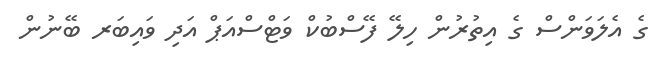
ގެ އެލަވަންސް ގެ އިތުރުން ހިލޭ ފޭސްބުކް ވަޓްސްއަޕް އަދި ވައިބަރ ބޭނުން